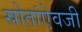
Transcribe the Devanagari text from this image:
स्रोतांऐवजी